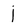
Character: j